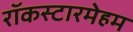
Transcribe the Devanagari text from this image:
रॉकस्टारमेहम